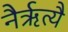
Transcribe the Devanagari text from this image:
नैर्ऋत्यै